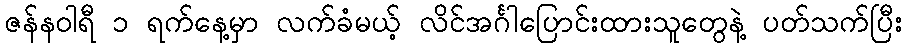
ဇန်နဝါရီ ၁ ရက်နေ့မှာ လက်ခံမယ့် လိင်အင်္ဂါပြောင်းထားသူတွေနဲ့ ပတ်သက်ပြီး